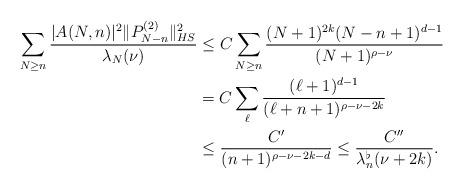
LaTeX: \begin{align*} \sum_{N\geq n}\frac{|A(N,n)|^2\|P_{N-n}^{(2)}\|_{HS}^2}{\lambda_N(\nu)} &\leq C\sum_{N\geq n}\frac{(N+1)^{2k}(N-n+1)^{d-1}}{(N+1)^{\rho-\nu}}\\ &= C \sum_\ell \frac{(\ell+1)^{d-1}}{(\ell+n+1)^{\rho-\nu-2k}}\\ &\leq \frac{C'}{(n+1)^{\rho-\nu-2k-d}} \leq \frac{C''}{\lambda^\flat_n(\nu+2k)}.\end{align*}